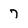
Character: 7